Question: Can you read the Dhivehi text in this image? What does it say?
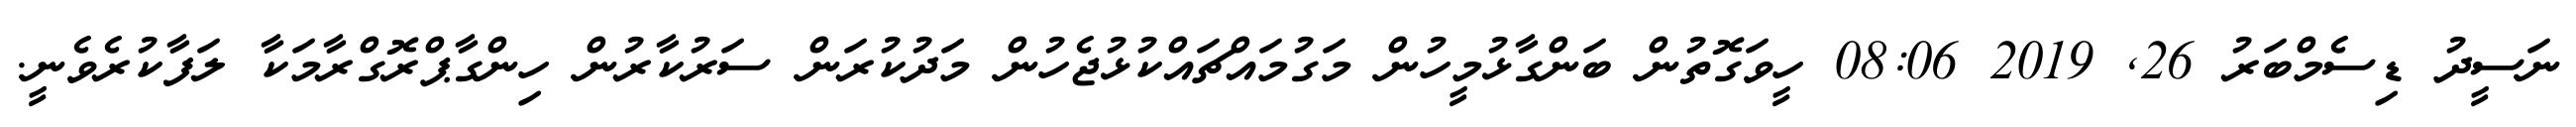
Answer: ނަސީދު ޑިސެމްބަރު 26, 2019 08:06 ހީވަގޮތުން ބަންގާޅުމީހުން މަގުމައްޗައްކުޅުޖެހުން މަދުކުރަން ސަރުކާރުން ހިންގާޕްރޮގްރާމަކާ ލަފާކުރެވެނީ.